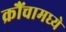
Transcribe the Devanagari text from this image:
क्रौंचामध्ये